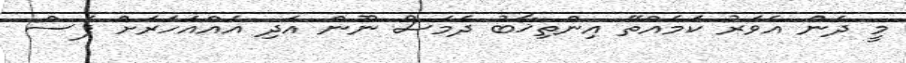
މީ ދެން އެވަރު ކަމެއްތޭ އިންތިޚާބު ދެމަސް ނޫން އަދި އެއްއަހަރަށް ފަސް